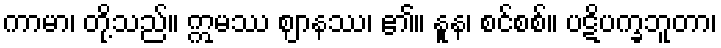
ကာမာ၊ တို့သည်။ ဣမဿ ဈာနဿ၊ ၏။ နူန၊ စင်စစ်။ ပဋိပက္ခဘူတာ၊